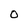
Character: O